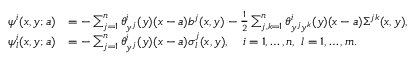
\begin{array} { r l } { \psi ^ { i } ( x , y ; a ) } & { = - \sum _ { j = 1 } ^ { n } \theta _ { y ^ { j } } ^ { i } ( y ) ( x - a ) b ^ { j } ( x , y ) - \frac 1 2 \sum _ { j , k = 1 } ^ { n } \theta _ { y ^ { j } y ^ { k } } ^ { i } ( y ) ( x - a ) \Sigma ^ { j k } ( x , y ) , } \\ { \psi _ { l } ^ { i } ( x , y ; a ) } & { = - \sum _ { j = 1 } ^ { n } \theta _ { y ^ { j } } ^ { i } ( y ) ( x - a ) \sigma _ { l } ^ { j } ( x , y ) , \quad i = 1 , \dots , n , \ l = 1 , \dots , m . } \end{array}